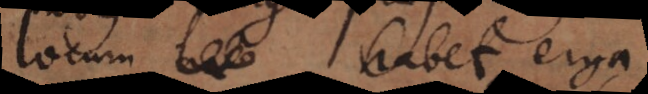
locum habet erga